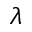
\lambda